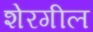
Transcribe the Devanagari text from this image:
शेरगील